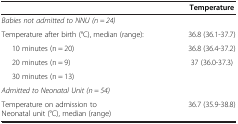
|  | Temperature |
 | --- | --- |
 | Babies not admitted to NNU (n = 24) |  |
 | Temperature after birth (°C), median (range): | 36.8 (36.1-37.7) |
 | 10 minutes (n = 20) | 36.8 (36.4-37.2) |
 | 20 minutes (n = 9) | 37 (36.0-37.3) |
 | 30 minutes (n = 13) |  |
 | Admitted to Neonatal Unit (n = 54) |  |
 | Temperature on admission to Neonatal unit (°C), median (range) | 36.7 (35.9-38.8) |